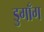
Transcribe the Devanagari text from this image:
डुगाँग